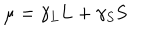
{ \bf \mu } = \gamma _ { L } { \bf L } + \gamma _ { S } { \bf S }